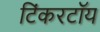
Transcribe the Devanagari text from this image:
टिंकरटॉय